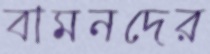
বামনদের